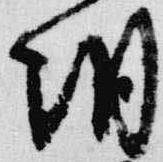
朝